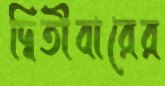
দ্বিতীবারের